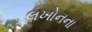
લખોનના